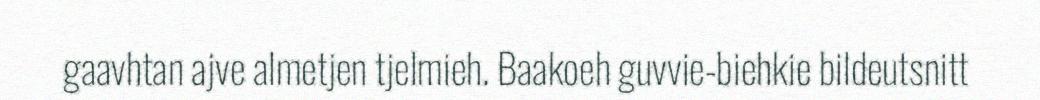
gaavhtan ajve almetjen tjelmieh. Baakoeh guvvie-biehkie bildeutsnitt